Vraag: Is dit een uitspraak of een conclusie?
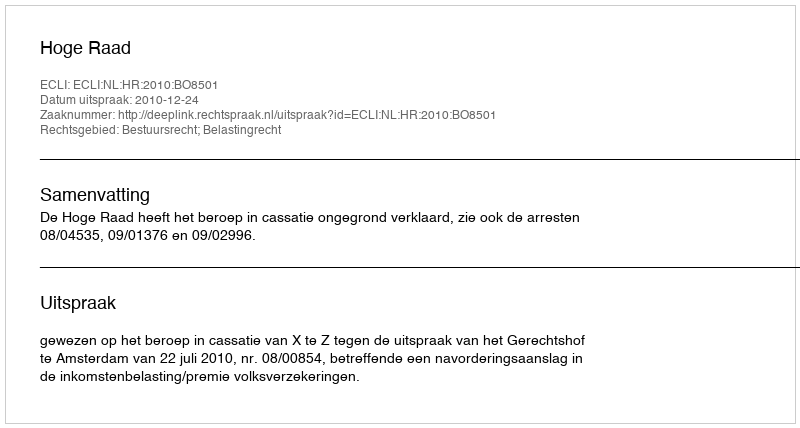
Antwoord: Uitspraak